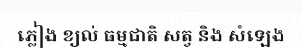
ភ្លៀង ខ្យល់ ធម្មជាតិ សត្វ និង សំឡេង